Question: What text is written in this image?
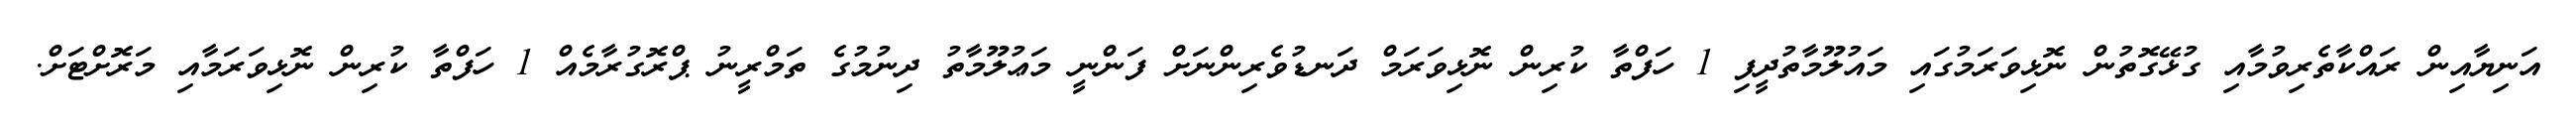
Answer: އަނިޔާއިން ރައްކާތެރިވުމާއި ގުޅޭގޮތުން ނޮޅިވަރަމުގައި މައުލޫމާތުދީފި 1 ހަފްތާ ކުރިން ނޮޅިވަރަމް ދަނޑުވެރިންނަށް ފަންނީ މަޢުލޫމާތު ދިނުމުގެ ތަމްރީނު ޕްރޮގުރާމެއް 1 ހަފްތާ ކުރިން ނޮޅިވަރަމާއި މަރޮށްޓަށް.